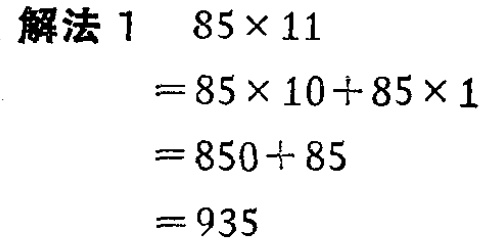
```
解法 1  \(85\times 11\)
\(=85\times 10 + 85\times 1\)
\(=850 + 85\)
\(=935\)
```